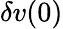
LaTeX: \delta v(0)